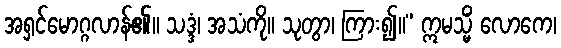
အရှင်မောဂ္ဂလာန်၏။ သဒ္ဒံ၊ အသံကို။ သုတွာ၊ ကြား၍။” ဣမသ္မိံ လောကေ၊